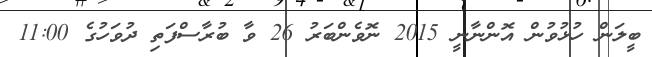
ބީލަން ހުޅުވުން އޮންނާނީ 2015 ނޮވެންބަރު 26 ވާ ބުރާސްފަތި ދުވަހުގެ 11:00